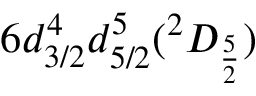
6 d _ { 3 / 2 } ^ { 4 } d _ { 5 / 2 } ^ { 5 } ( ^ { 2 } D _ { \frac { 5 } { 2 } } )